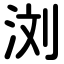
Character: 浏